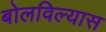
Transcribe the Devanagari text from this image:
बोलविल्यास